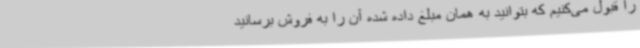
را قبول می‌کنیم که بتوانید به همان مبلغ داده شده آن را به فروش برسانید